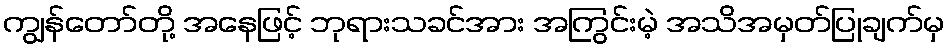
ကျွန်တော်တို့ အနေဖြင့် ဘုရားသခင်အား အကြွင်းမဲ့ အသိအမှတ်ပြုချက်မှ